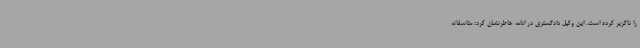
را ناگزیر کرده است. این وکیل دادگستری در ادامه خاطرنشان کرد: متاسفانه